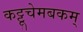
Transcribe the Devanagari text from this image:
कट्टूचेमबकम्